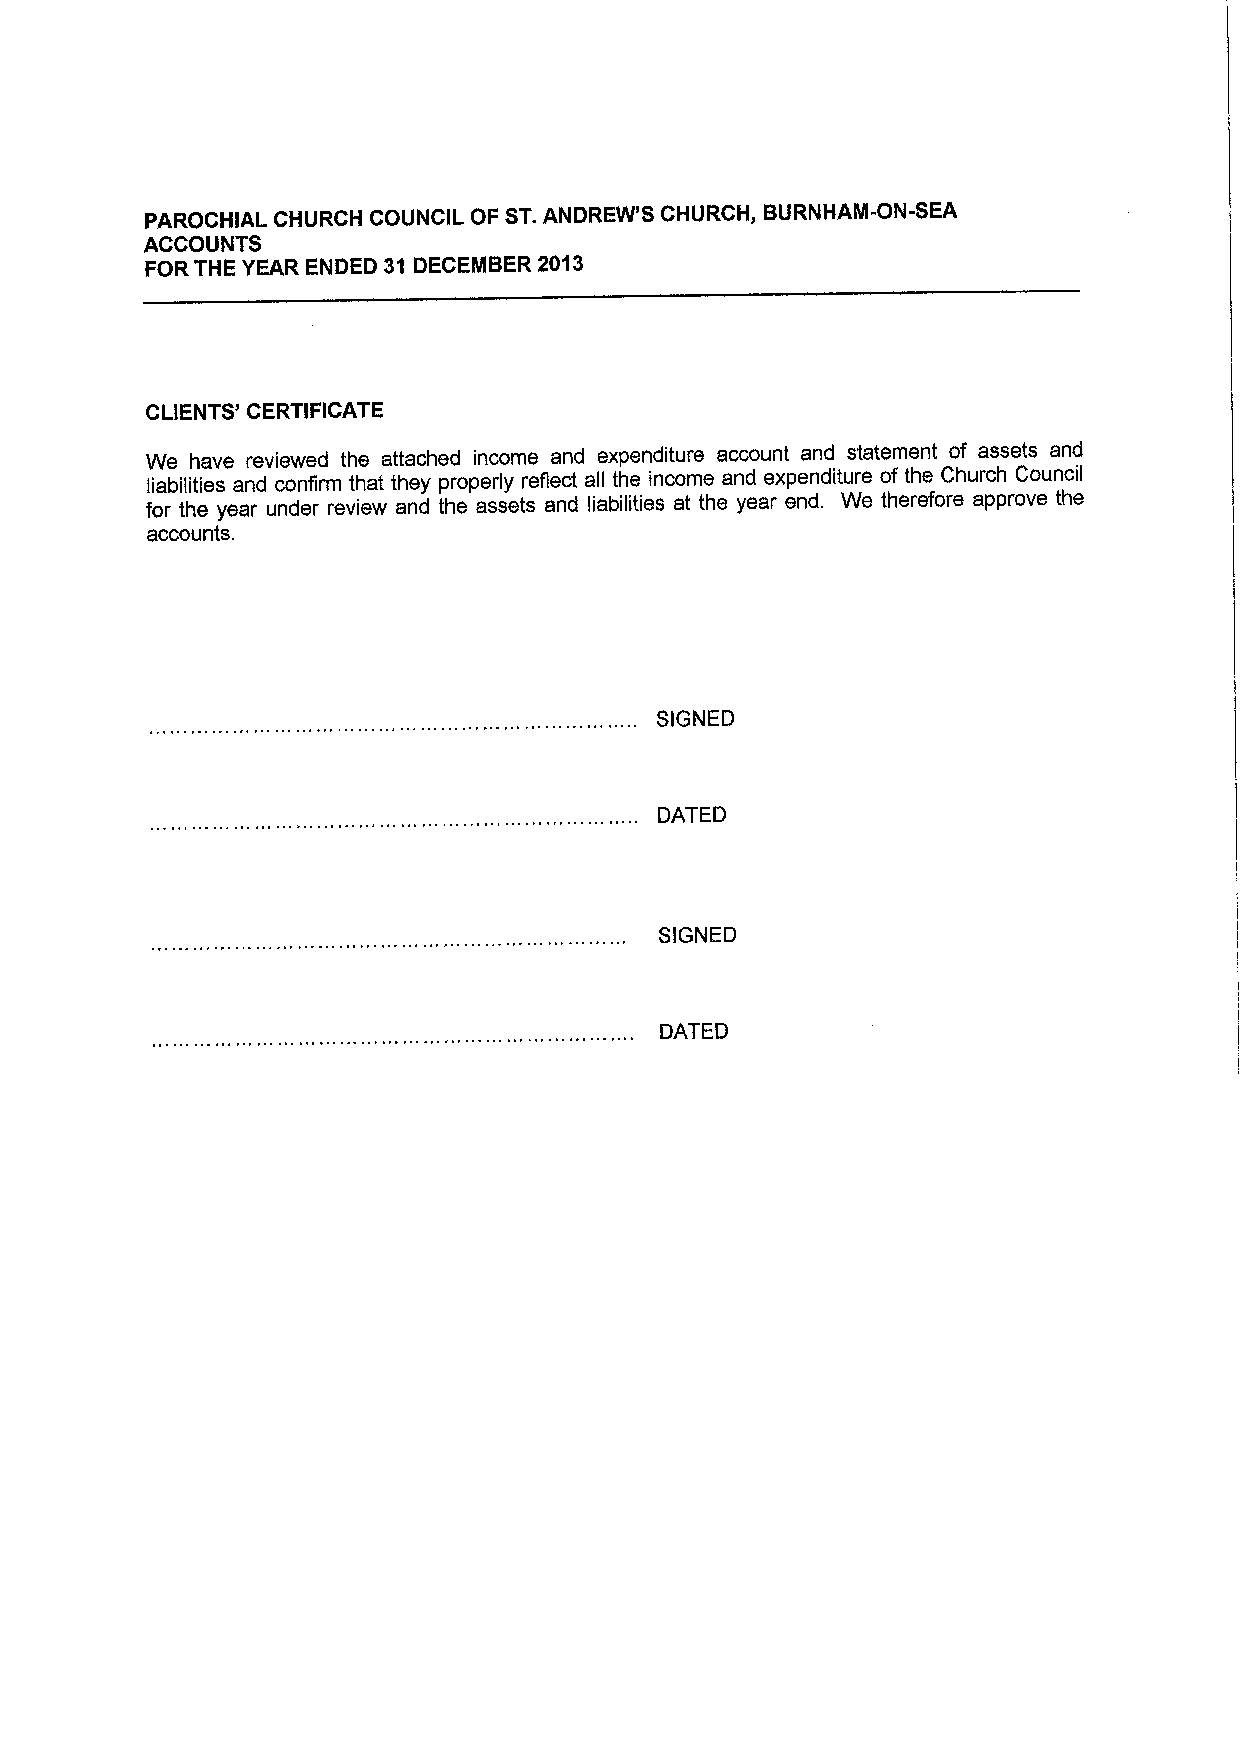
PAROCHIAL CHURCH COUNCIL OF ST.ANDREW'S CHURCH„BURNHAM-ON-SEA
 ACCOUNTS
 FOR THE YEAR ENDED 31 DECEMBER 2013
 CLIENTS' CERTIFICATE
 We have reviewed the attached income and expenditure account and statement of assets and
 liabilities and confirm that they properly reflect all the income and expenditure of the Church Council
 for the year under review and the assets and liabilities at the year end. We therefore approve the
 accounts.
 SIGNED
 DATED
 SIGNED
 DATED